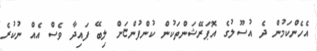
އެހެންކަމުން ދެ އުސޫލުގެ އޮޕަރޭޝަންތަކުން ކުންފުންޏަށް ލިބޭ ފައިދާ ވެސް އެއް ނުކުރެ